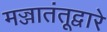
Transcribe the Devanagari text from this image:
मज्जातंतूद्वारे